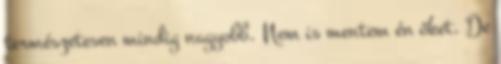
természetesen mindig nagyobb. Nem is mentem én őket. De